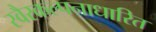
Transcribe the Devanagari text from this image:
स्वैरकल्पनाधारित